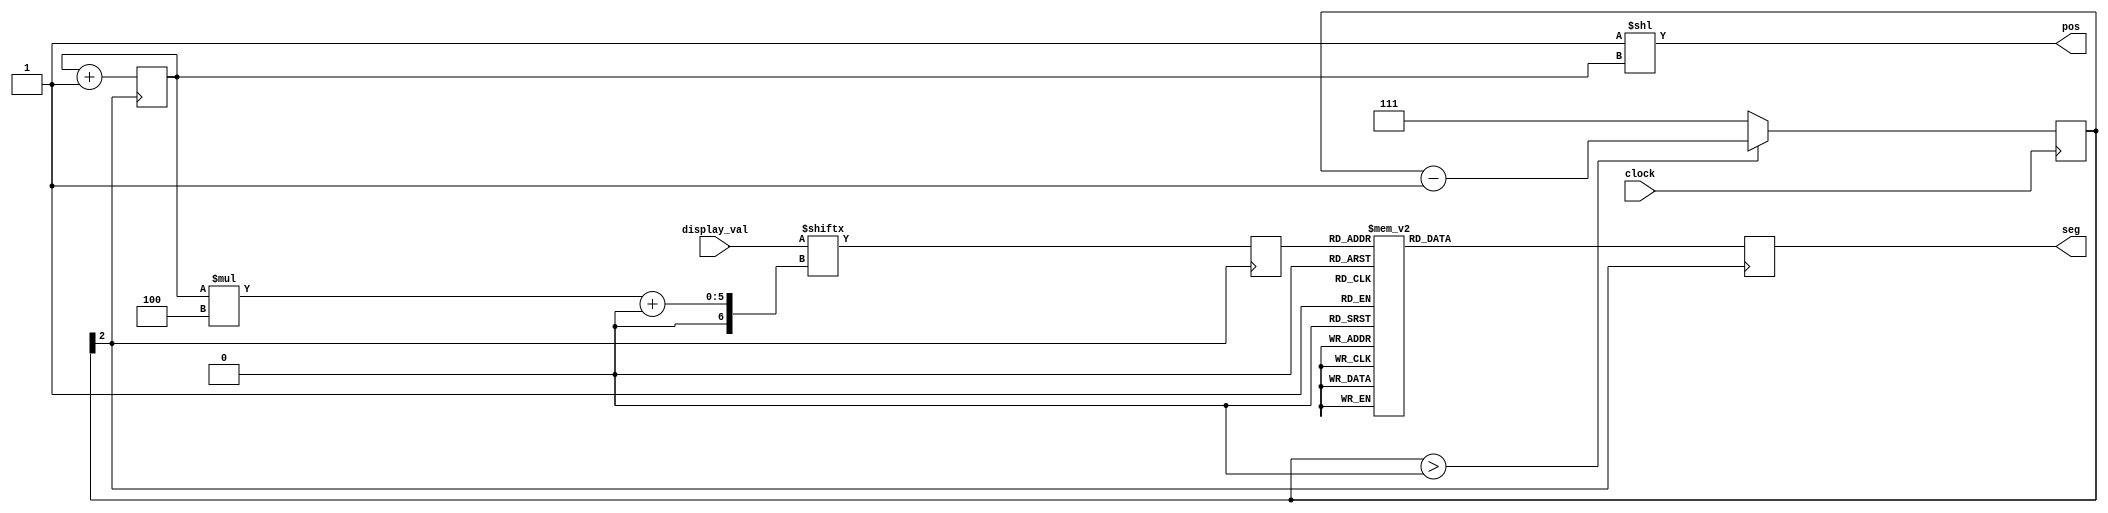
module seven_seg(input wire clock,
					 input wire [15:0] display_val,
					 output wire [3:0] pos,
					 output wire [7:0] seg);
					 
	reg [2:0] cl_cl = 3'd7;
	wire display_clock = cl_cl[2];
	reg [1:0] i = 2'd0;
	reg [7:0] seg_code = 8'd0;
	reg [3:0] val = 3'd0;
	
	always @(posedge clock)
	begin
		if (cl_cl > 0) begin
			cl_cl <= cl_cl - 3'd1;
		end else begin
			cl_cl <= 3'd7; 
		end
	end
	
	assign seg = seg_code;
	assign pos = 4'd1 << i;
	
	always @(posedge display_clock)
	begin
		val <= display_val[(i * 4) +: 4];
		case(val)
			4'd0: seg_code = 8'b11111100;
			4'd1: seg_code = 8'b01100000;
			4'd2: seg_code = 8'b11011010;
			4'd3: seg_code = 8'b11110010;
			4'd4: seg_code = 8'b01100110;
			4'd5: seg_code = 8'b10110110;
			4'd6: seg_code = 8'b10111110;
			4'd7: seg_code = 8'b11100000;
			4'd8: seg_code = 8'b11111110;
			4'd9: seg_code = 8'b11110110;
			4'hA: seg_code = 8'b11101110;
			4'hB: seg_code = 8'b00111100;
			4'hC: seg_code = 8'b10011100;
			4'hD: seg_code = 8'b01111010;
			4'hE: seg_code = 8'b10011110;
			4'hF: seg_code = 8'b10001110;
		endcase
		i <= i + 2'd1;
	end

endmodule